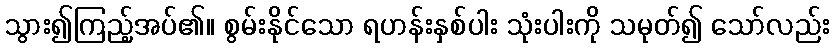
သွား၍ကြည့်အပ်၏။ စွမ်းနိုင်သော ရဟန်းနှစ်ပါး သုံးပါးကို သမုတ်၍ သော်လည်း